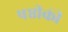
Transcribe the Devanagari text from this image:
षष्ठीकी